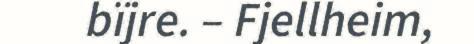
bïjre. – Fjellheim,